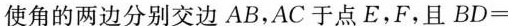
使角的两边分别交边AB，AC于点E，F，且BD=